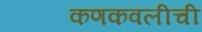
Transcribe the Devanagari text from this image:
कणकवलीची